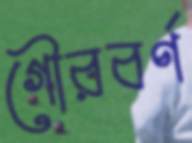
গৌরবর্ণ